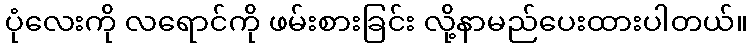
ပုံလေးကို လရောင်ကို ဖမ်းစားခြင်း လို့နာမည်ပေးထားပါတယ်။